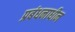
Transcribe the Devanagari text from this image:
प्रबंधनाधीन